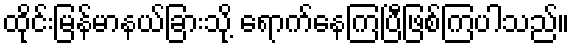
ထိုင်းမြန်မာနယ်ခြားသို့ ရောက်နေကြပြီဖြစ်ကြပါသည်။